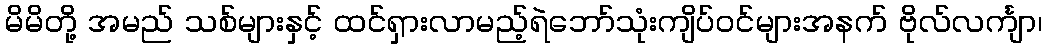
မိမိတို့ အမည် သစ်များနှင့် ထင်ရှားလာမည့်ရဲဘော်သုံးကျိပ်ဝင်များအနက် ဗိုလ်လင်္ကျာ၊